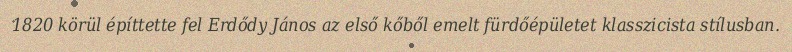
1820 körül építtette fel Erdődy János az első kőből emelt fürdőépületet klasszicista stílusban.